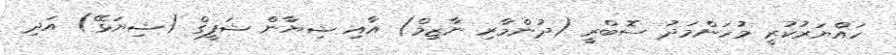
ހައްޔަރުކުރީ މުހަންމަދު ސޮބްރީ (ދުންމާރި ނާޒިމް) އާއި ޝިޔާން ޝަފީގް (ޝިޔަޅޭ) އަދި